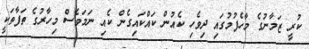
ކުރީ ޒަމާނުގެ މާހެފުމުގައި ދިވެހި ކެއުން ކައްކައިގެން ކެއި ނަމަވެސް މިހާރުގެ ތަފާތަކީ